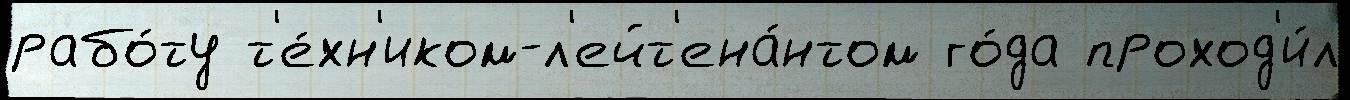
рабо́ту т'е́хн'иком-л'ейт'ена́нтом го́да проход'и́л